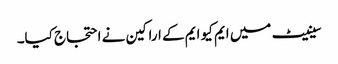
سینیٹ میں ایم کیو ایم کے اراکین نے احتجاج کیا۔